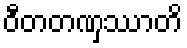
ဝီတတဏှဿာတိ